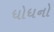
ધોધનો